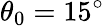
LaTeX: \theta_{0}=15^{\circ}